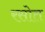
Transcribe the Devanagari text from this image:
रसोत